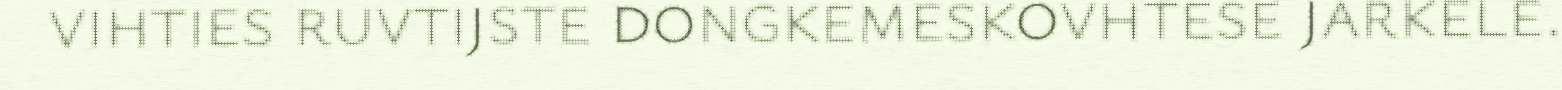
vihties ruvtijste dongkemeskovhtese jarkele.